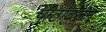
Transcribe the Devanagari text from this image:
पीठावरून